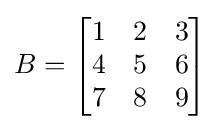
B={\begin{bmatrix}1&2&3\\4&5&6\\7&8&9\end{bmatrix}}